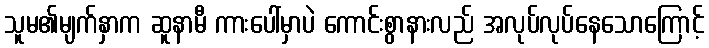
သူမ၏မျက်နှာက ဆူနာမီ ကားပေါ်မှာပဲ ကောင်းစွာနားလည် အလုပ်လုပ်နေသောကြောင့်